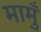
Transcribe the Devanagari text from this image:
मामुँ